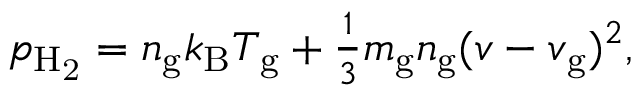
\begin{array} { r } { p _ { \mathrm { H _ { 2 } } } = n _ { \mathrm { g } } k _ { \mathrm { B } } T _ { \mathrm { g } } + \frac { 1 } { 3 } m _ { \mathrm { g } } n _ { \mathrm { g } } ( v - v _ { \mathrm { g } } ) ^ { 2 } , } \end{array}